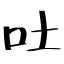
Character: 吐